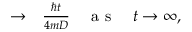
\begin{array} { r l } { \rightarrow } & { { } \frac { \hbar t } { 4 m D } \quad \mathrm { ~ a ~ s ~ } \quad t \rightarrow \infty , } \end{array}